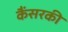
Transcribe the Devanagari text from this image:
कैंसरकी